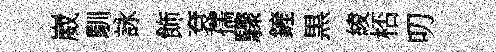
崴馴詠飾袞孺驟鏟黒綾桮叨